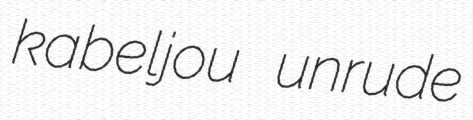
kabeljou unrude